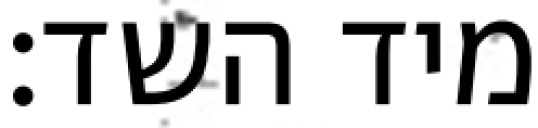
מיד השד: